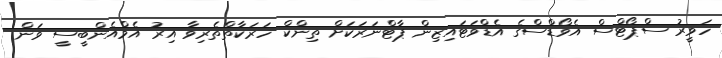
ހަވީރު ސްޕޯޓްސް އެވޯޑްސްގެ އެޑްވަޓައިޒިން ޕާޓްނަރަކަށް ތިންކް ހަރަކާތްތެރިވާ އިރު އެމްއެންބީސީ ވަން